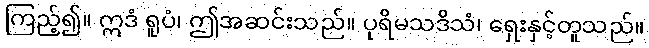
ကြည့်၍။ ဣဒံ ရူပံ၊ ဤအဆင်းသည်။ ပုရိမသဒိသံ၊ ရှေးနှင့်တူသည်။